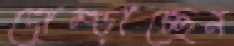
দোম্‌ড়াচ্ছেন